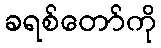
ခရစ်တော်ကို